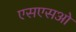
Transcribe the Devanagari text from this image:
एसएसओ